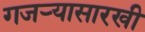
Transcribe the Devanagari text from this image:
गजर्‍यासारखी